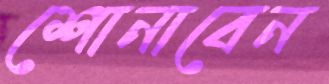
শোনাবেন